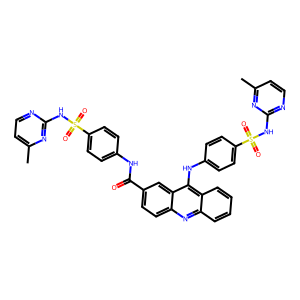
SMILES: Cc1ccnc(NS(=O)(=O)c2ccc(NC(=O)c3ccc4nc5ccccc5c(Nc5ccc(S(=O)(=O)Nc6nccc(C)n6)cc5)c4c3)cc2)n1
Inhibits HIV replication: No